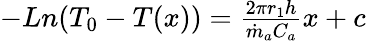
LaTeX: \begin{array}{r}{-Ln(T_{0}-T(x))=\frac{2{\pi r}_{1}h}{{\dot{m}}_{a}C_{a}}x+c}\end{array}